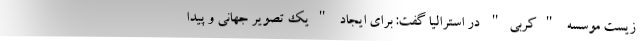
زیست موسسه "کربی" در استرالیا گفت: برای ایجاد "یک تصویر جهانی و پیدا